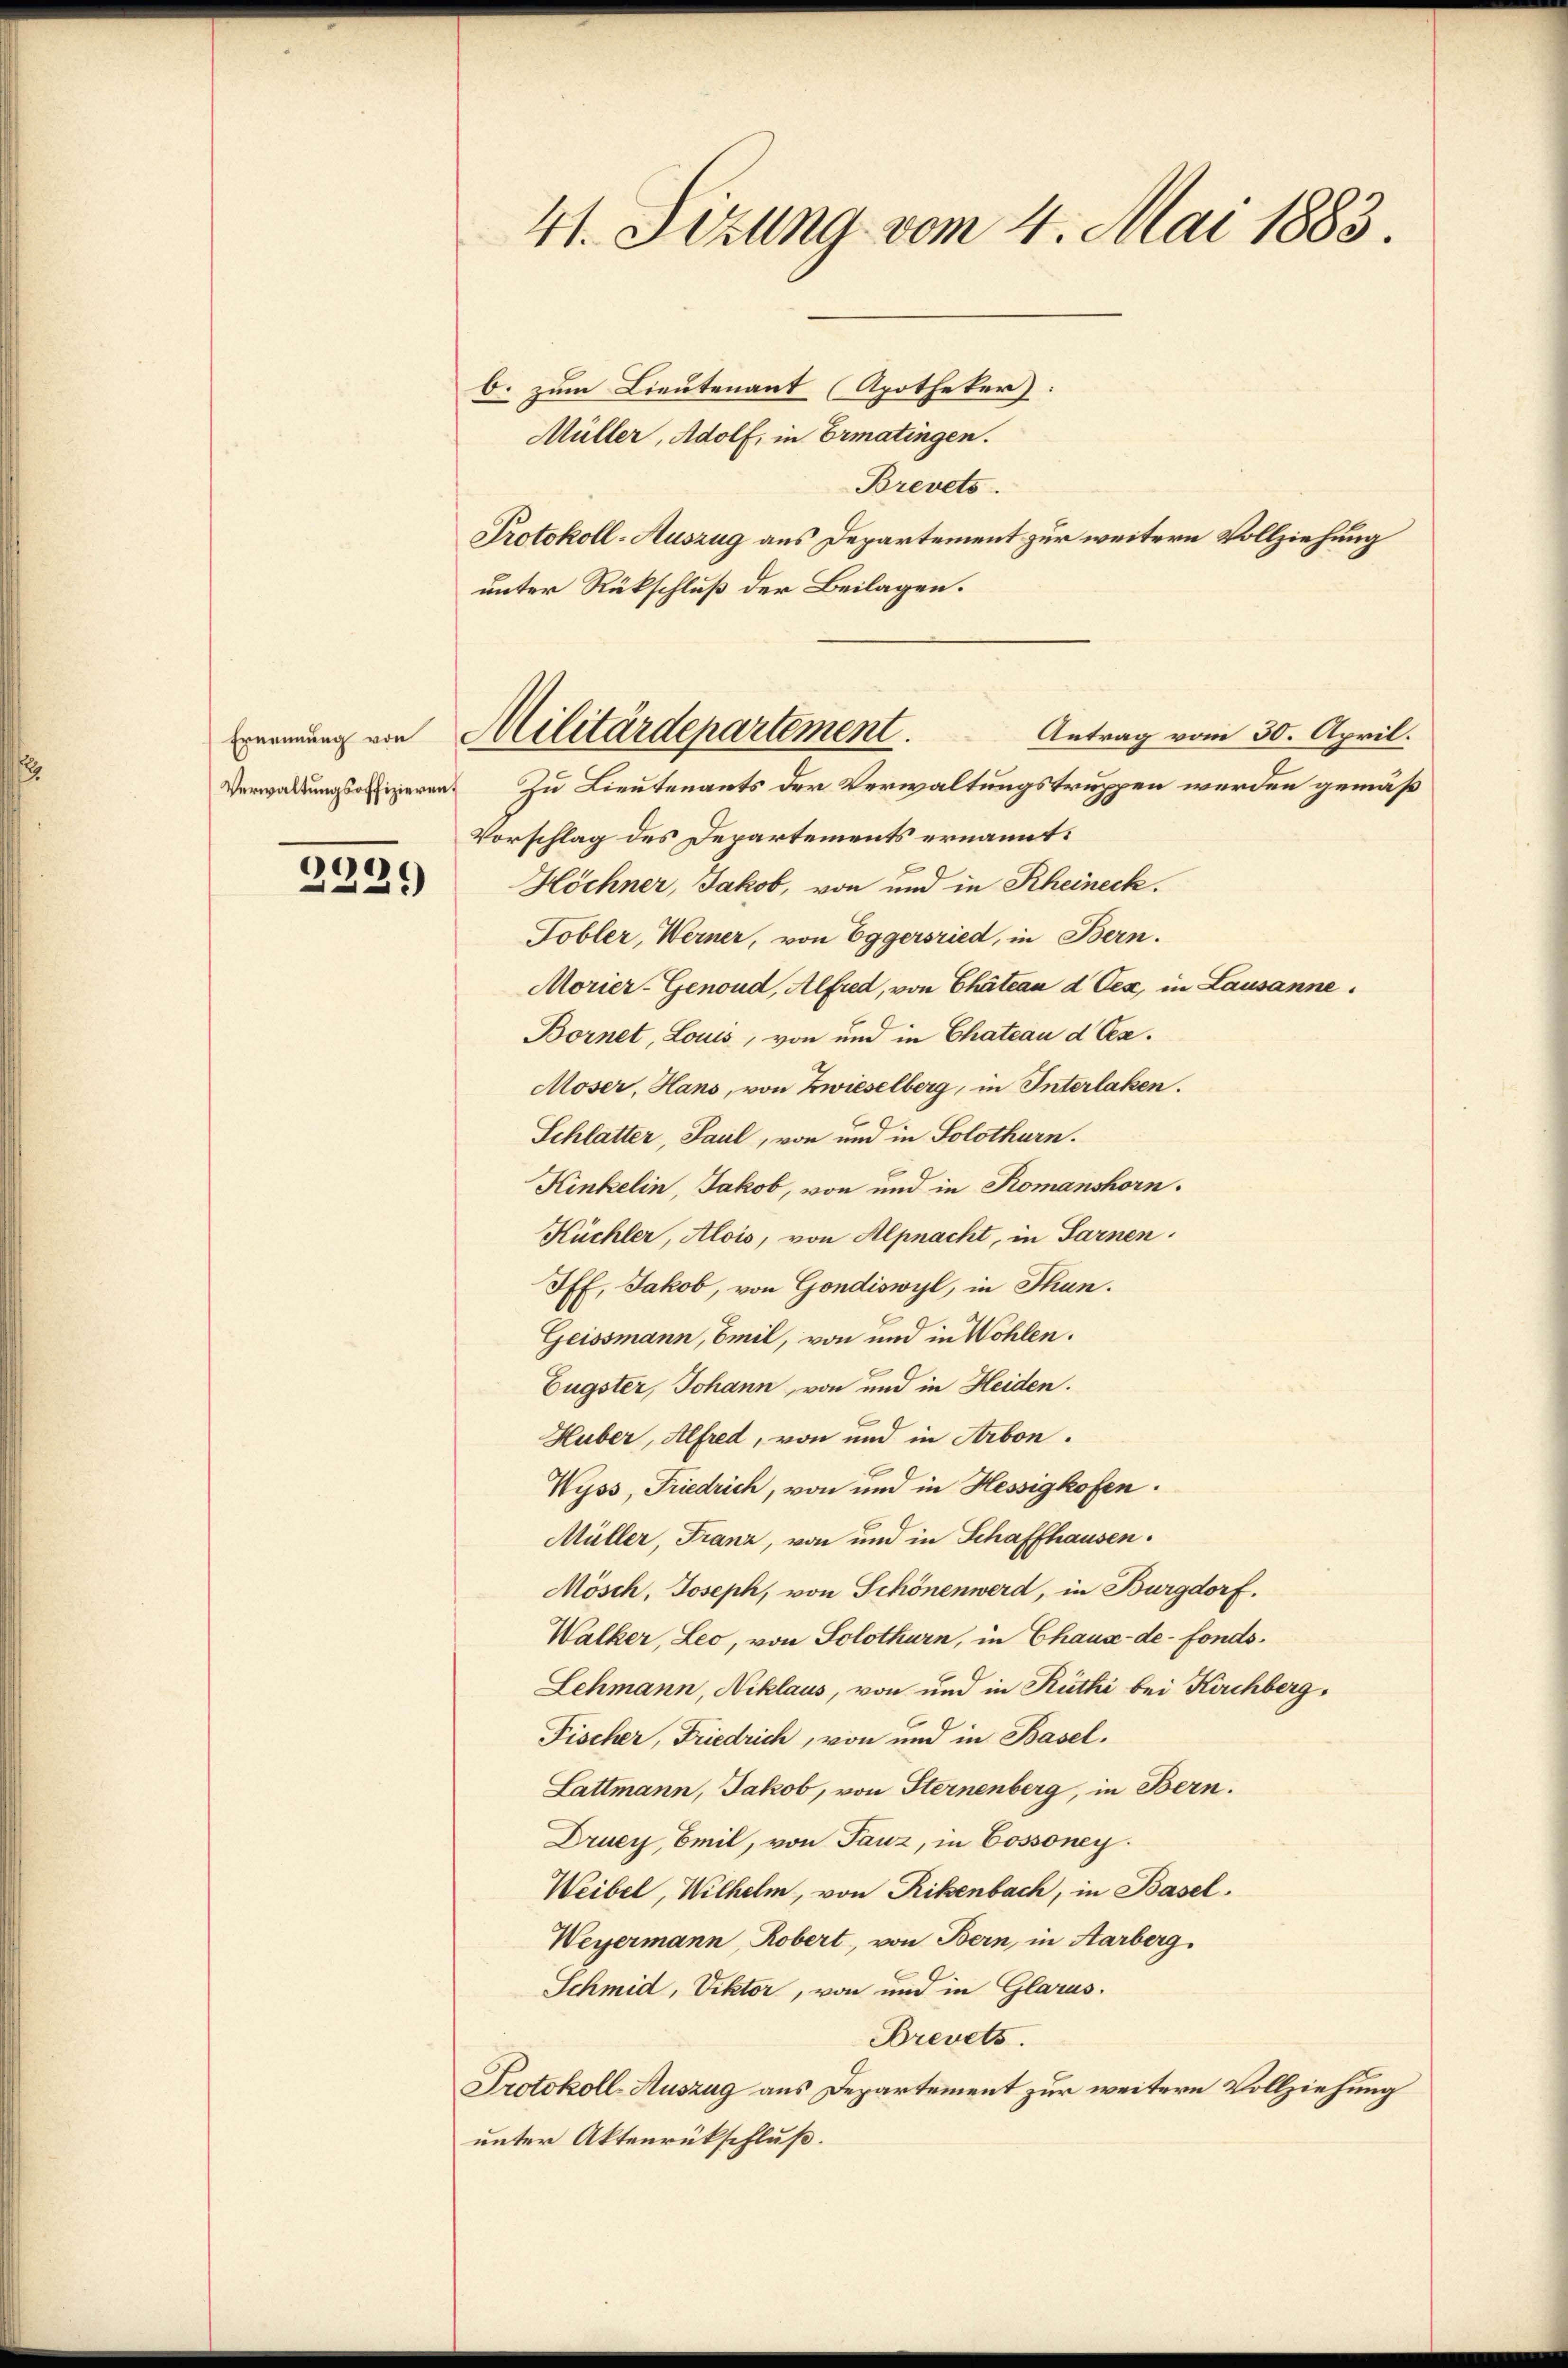
Ernennung von

20
)
20

41. Sitzung vom 4. Mai 1883.
b. zum Lieutenant (Apotheker:

Müller, Adolf, in Ermatingen.
Brevets.
Protokoll-Auszug aus Departement zur weitern Vollziehung
unter Rückschluß der Beilagen.
Vorschlag des Departements ernannt:
Höchner, Jakob, von und in Rheineck.
Tobler, Werner, von Eggersried, in Bern.
Morier-Genoud, Alfred, von Chätean d Oex, in Lausanne.
Bornet, Louis, von und in Chateau d Oer¬
Moser, Hans, von Zwieselberg, in Interlaken.
Schlatter, Paul, von und in Solothurn.
Kinkelin, Jakob, von und in Romanshorn.
Küchler, Alois, von Alpnacht, in Sarnen.
Iff. Jakob, von Gondiswyl, in Thun.
Geissmann, Emil, von und in Wohlen.
Eugster, Johann, von und in Heiden.
Huber, Alfred, von und in Arbon.
Wyss, Friedrich, von und in Hessigkofen.
Müller, Franz, von und in Schaffhausen.
Mösch, Joseph, von Schönenwerd, in Burgdorf.
Walker, Leo, von Solothurn, in Chaux-de-Fonds¬
Lehmann, Niklaus, von und in Rüthi bei Kirchberg,
Fischer, Friedrich, von und in Basel.
Lattmann, Jakob, von Sternenberg, in Bern.
Drucy, Emil, von Tanz, in Cossoney.
Weibel, Wilhelm, von Rikenbach, in Basel.
Weyermann, Robert, von Bern, in Aarberg.
Schmid, Viktor, von und in Glarus.
Brevets.
Protokoll-Auszug aus Departement zur weitere Vollziehung
unter Aktenrückschluß.

Militärdepartement.
Antrag vom 30. April.
Verwaltungsoffizieren zu Lieutenants der Verwaltungstruppen werden gemäß